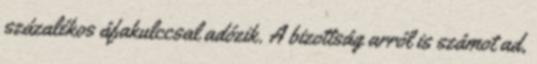
százalékos áfakulccsal adózik. A bizottság arról is számot ad,